Scottish Leaving Certificate Examination, 1959
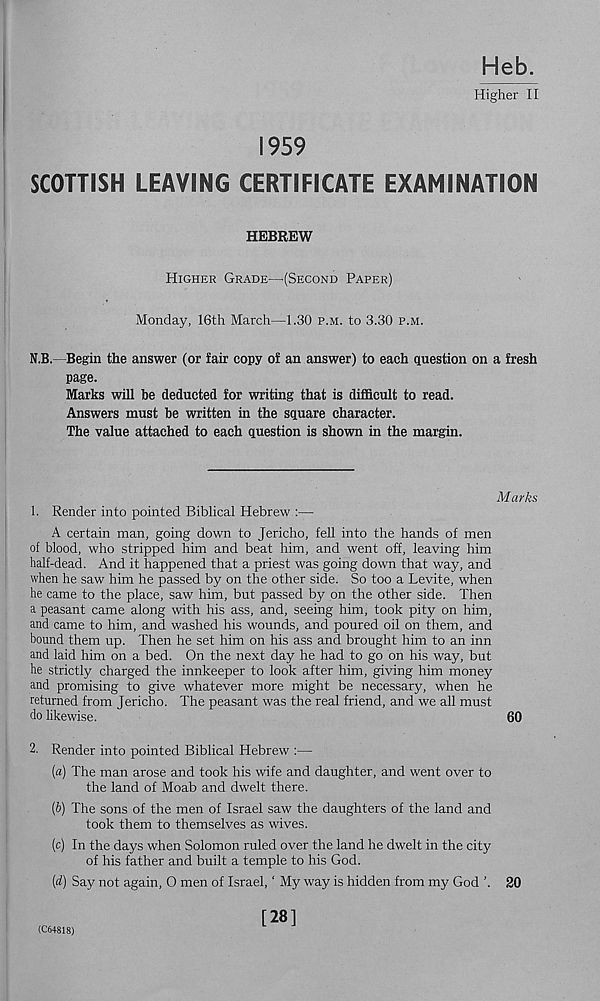
Heb.
Higher II
1959
SCOTTISH LEAVING CERTIFICATE EXAMINATION
HEBREW
Higher Grade—.(Second Paper)
Monday, 16th March—1.30 p.m. to 3.30 p.m.
N.B.—Begin the answer (or fair copy of an answer) to each question on a fresh
page.
Marks will be deducted for writing that is difficult to read.
Answers must be written in the square character.
The value attached to each question is shown in the margin.
Marks
1. Render into pointed Biblical Hebrew :—
A certain man, going down to Jericho, fell into the hands of men
of blood, who stripped him and beat him, and went off, leaving him
half-dead. And it happened that a priest was going down that way, and
when he saw him he passed by on the other side. So too a Levite, when
he came to the place, saw him, but passed by on the other side. Then
a peasant came along with his ass, and, seeing him, took pity on him,
and came to him, and washed his wounds, and poured oil on them, and
bound them up. Then he set him on his ass and brought him to an inn
and laid him on a bed. On the next day he had to go on his way, but
he strictly charged the innkeeper to look after him, giving him money
and promising to give whatever more might be necessary, when he
returned from Jericho. The peasant was the real friend, and we all must
do likewise.
60
2. Render into pointed Biblical Hebrew :—
(a) The man arose and took his wife and daughter, and went over to
the land of Moab and dwelt there.
(&) The sons of the men of Israel saw the daughters of the land and
took them to themselves as wives.
(c) In the days when Solomon ruled over the land he dwelt in the city
of his father and built a temple to his God.
(d) Say not again, 0 men of Israel, ‘ My way is hidden from my God ’. 20
(C648I8)
[28]